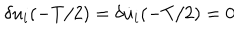
\delta u _ { i } ( - T / 2 ) = \delta \dot { u } _ { i } ( - T / 2 ) = 0